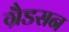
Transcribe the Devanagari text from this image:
ग्रैडसन